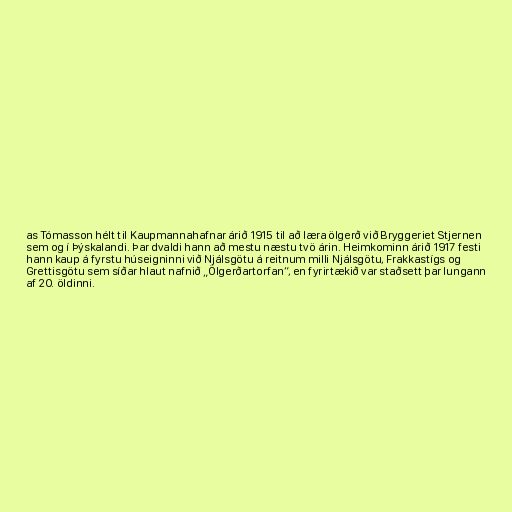
as Tómasson hélt til Kaupmannahafnar árið 1915 til að læra ölgerð við Bryggeriet Stjernen
sem og í Þýskalandi. Þar dvaldi hann að mestu næstu tvö árin. Heimkominn árið 1917 festi
hann kaup á fyrstu húseigninni við Njálsgötu á reitnum milli Njálsgötu, Frakkastígs og
Grettisgötu sem síðar hlaut nafnið „Ölgerðartorfan“, en fyrirtækið var staðsett þar lungann
af 20. öldinni.